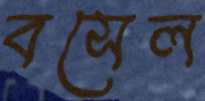
বসেল